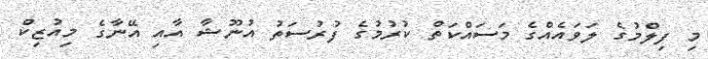
މި ފިލްމުގެ ލަވައެއްގެ މަސައްކަތް ކުރުމުގެ ފުރުސަތު އުނޫޝާ އާއި އޭނާގެ މިއުޒިކް